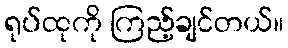
ရုပ်ထုကို ကြည့်ချင်တယ်။